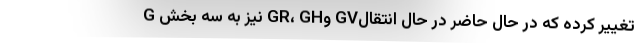
G نیز به سه بخش GR، GHو GVتغییر کرده که در حال حاضر در حال انتقال